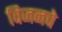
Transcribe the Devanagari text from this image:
विजनचे